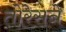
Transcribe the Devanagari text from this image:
तोरेसने